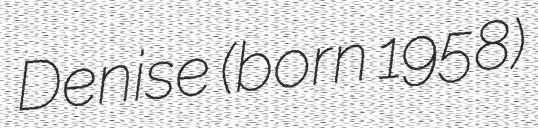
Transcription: Denise (born 1958)